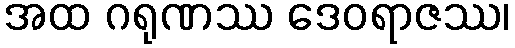
အထ ဂရုဏဿ ဒေဝရာဇဿ၊